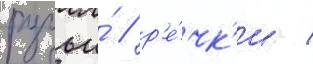
ручьи́ / р'е́чк'и /